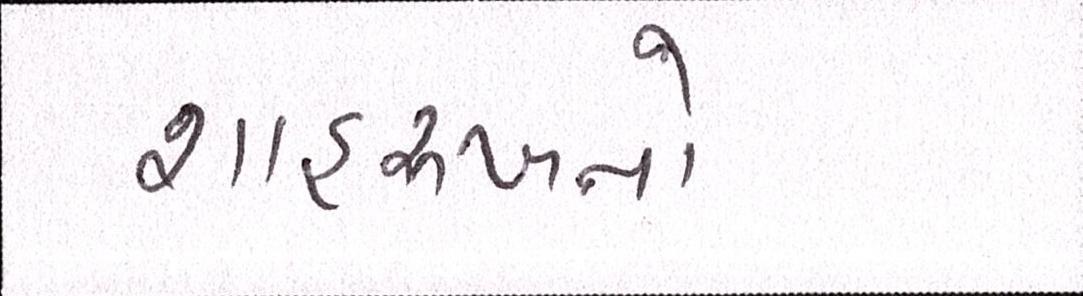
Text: શાહરુખનો